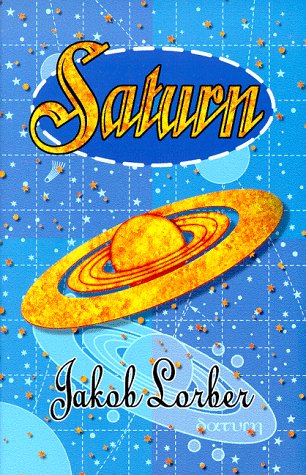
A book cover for Saturn; Jakob Lorber; Science & Math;